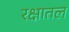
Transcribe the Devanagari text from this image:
रक्षातल